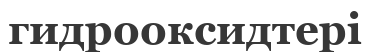
гидрооксидтері